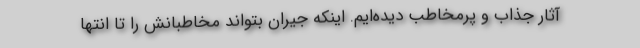
آثار جذاب و پرمخاطب دیده‌ایم. اینکه جیران بتواند مخاطبانش را تا انتها